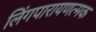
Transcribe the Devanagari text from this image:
लिंगपारायणत्मक